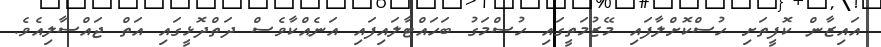
އައިޒާން ކޮފީތަށި ހުސްކޮށްލާފައި މޭޒުމަތީގައި ހުސްމަގު ބަހައްޓާލައިފައި އަނެއްކާވެސް ދަތްދޮޅީގައި އަތް ޖައްސާލިއެވެ.